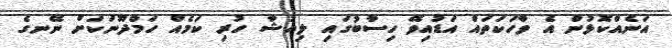
އަނެއްކޮޅުން އެ ވާހަކަތައް އަޑުއިވޭ ހިސާބުގައި ލިއުޝާ ހުރި ކަމެއް ހަމްދޫނަކަށް ނޭނގެ